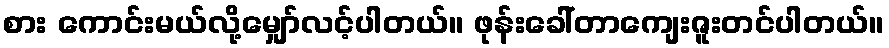
စား ကောင်းမယ်လို့မျှော်လင့်ပါတယ်။ ဖုန်းခေါ်တာကျေးဇူးတင်ပါတယ်။